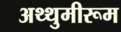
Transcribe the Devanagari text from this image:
अथ्थुमीरूम